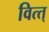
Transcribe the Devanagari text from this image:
वित्त्